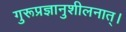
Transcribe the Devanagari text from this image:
गुरूप्रज्ञानुशीलनात्।